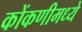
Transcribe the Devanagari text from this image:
कोंकणीमध्ये